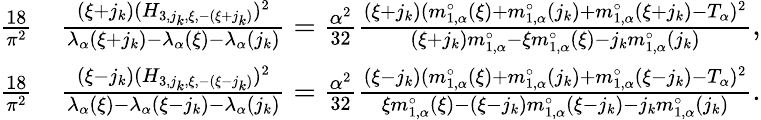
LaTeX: \begin{array}{rl}{\frac{18}{\pi^{2}}}&{\frac{(\xi+j_{k})(H_{3,j_{k},\xi,-(\xi+j_{k})})^{2}}{\lambda_{\alpha}(\xi+j_{k})-\lambda_{\alpha}(\xi)-\lambda_{\alpha}(j_{k})}=\frac{\alpha^{2}}{32}\frac{(\xi+j_{k})(m_{1,\alpha}^{\circ}(\xi)+m_{1,\alpha}^{\circ}(j_{k})+m_{1,\alpha}^{\circ}(\xi+j_{k})-T_{\alpha})^{2}}{(\xi+j_{k})m_{1,\alpha}^{\circ}-\xi m_{1,\alpha}^{\circ}(\xi)-j_{k}m_{1,\alpha}^{\circ}(j_{k})},}\\ {\frac{18}{\pi^{2}}}&{\frac{(\xi-j_{k})(H_{3,j_{k},\xi,-(\xi-j_{k})})^{2}}{\lambda_{\alpha}(\xi)-\lambda_{\alpha}(\xi-j_{k})-\lambda_{\alpha}(j_{k})}=\frac{\alpha^{2}}{32}\frac{(\xi-j_{k})(m_{1,\alpha}^{\circ}(\xi)+m_{1,\alpha}^{\circ}(j_{k})+m_{1,\alpha}^{\circ}(\xi-j_{k})-T_{\alpha})^{2}}{\xi m_{1,\alpha}^{\circ}(\xi)-(\xi-j_{k})m_{1,\alpha}^{\circ}(\xi-j_{k})-j_{k}m_{1,\alpha}^{\circ}(j_{k})}.}\end{array}